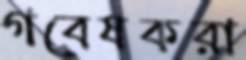
গবেষকরা